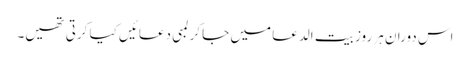
اس دوران ہر روز بیت الدعا میں جا کر لمبی دعائیں کیا کرتی تھیں۔